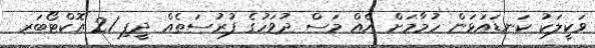
ވަކީލަކު ކަނޑައަޅަން ހުމާމަށް އެއް މަސް ދުވަހުގެ ފުރުސަތެއް ދީފި 21 އޮކްޓޯބަރ